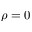
\rho = 0